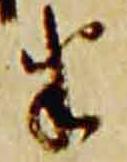
半